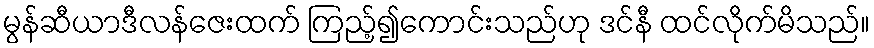
မွန်ဆီယာဒီလန်ဇေးထက် ကြည့်၍ကောင်းသည်ဟု ဒင်နီ ထင်လိုက်မိသည်။